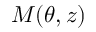
M ( \theta , z )